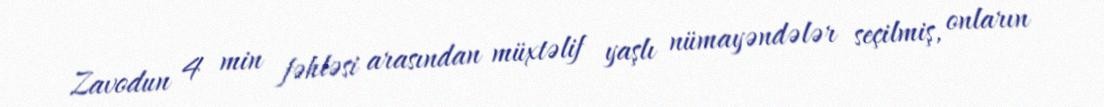
Zavodun 4 min fəhləsi arasından müxtəlif yaşlı nümayəndələr seçilmiş, onların